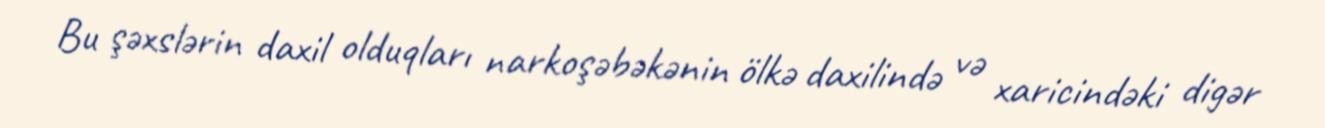
Bu şəxslərin daxil olduqları narkoşəbəkənin ölkə daxilində və xaricindəki digər